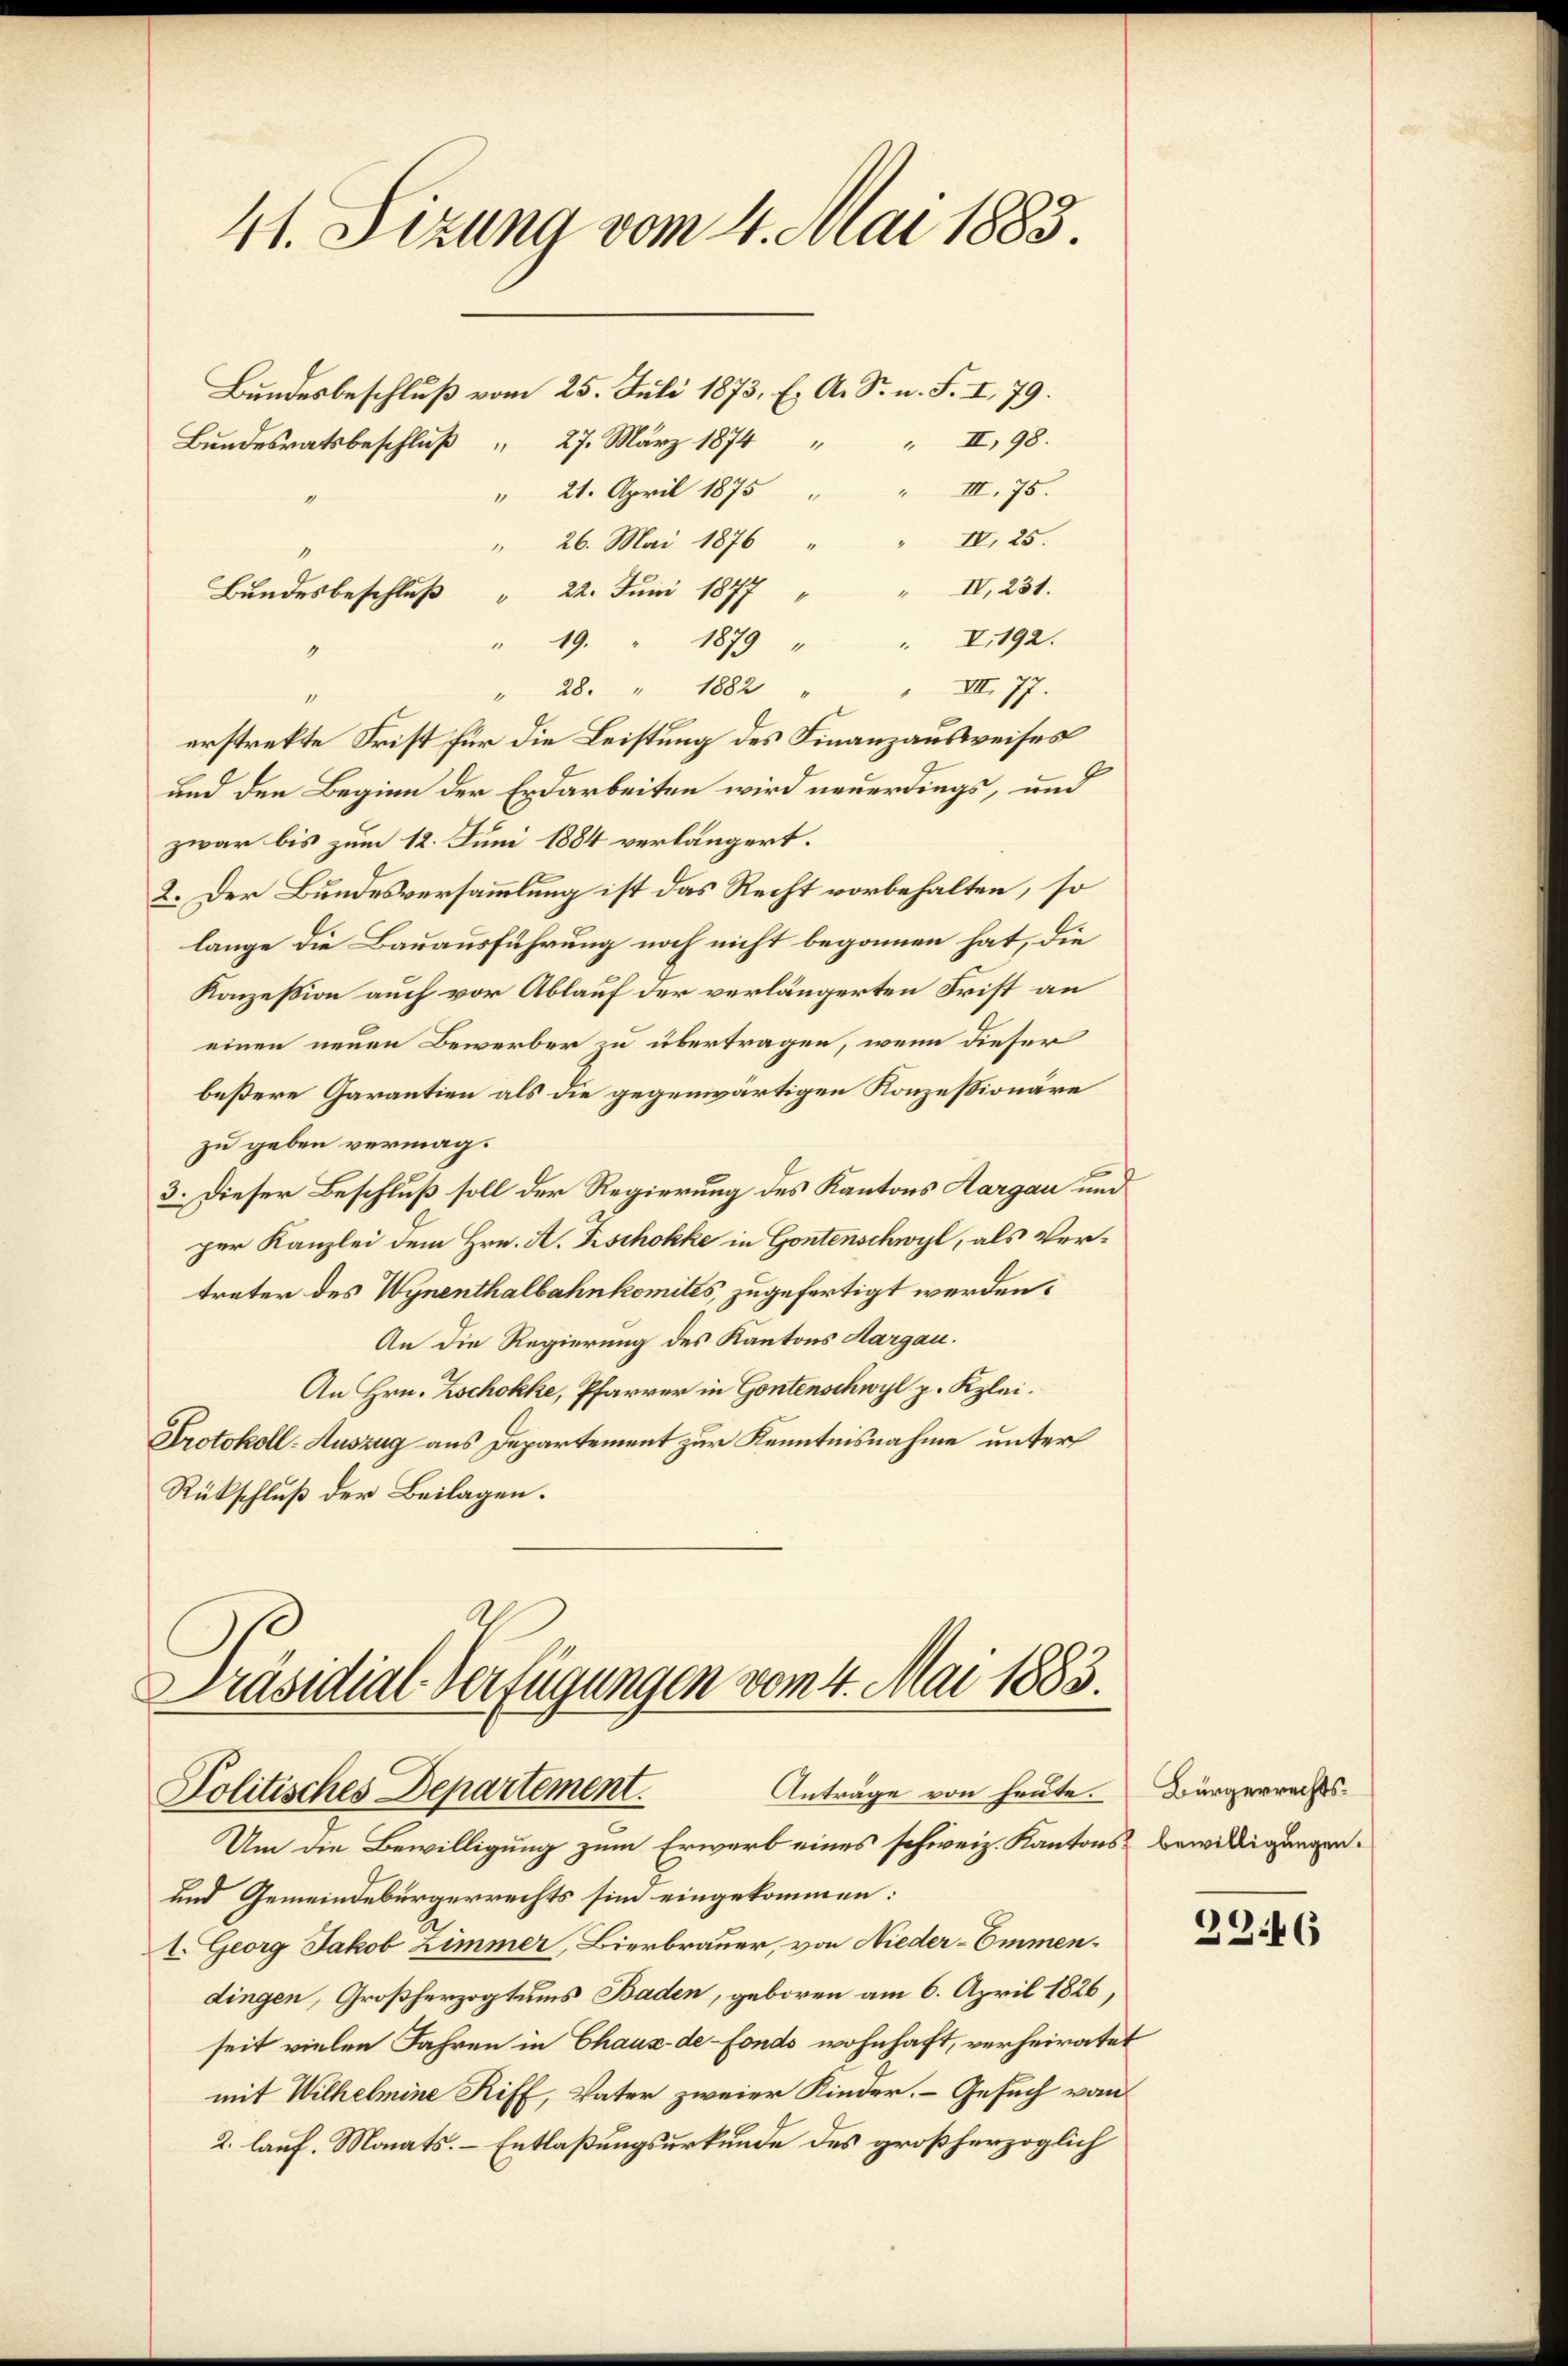
41. Sizung vom 4. Mai 1883.

Bundesbeschluß vom 25. Juli 1873, E. A. S. n. F. I, 79.
27. März 1874 " " II, 98.
" 21. April 1875 " " III. 75.
II. 25.
" 26. Mai 1876
" IV, 231.
" 22. Juni 1877
1879 " " I.192.
" 49.
VII. 77.
" 28. " 1882
erstrekte Frist für die Leistung des Finanzausweises
und den Beginn der Erdarbeiten wird neuerdings, und
zwar bis zum 12. Juni 1884 verlängert.
2. Der Bundesversammlung ist das Recht vorbehalten, so
lange die Bauausführung noch nicht begonnen hat, die
Konzession auch vor Ablauf der verlängerten Frist an
einen neuen Bewerber zu übertragen, wenn dieser
beßere Garantien als die gegenwärtigen Konzessionäre
zu geben vermag.
3. Dieser Beschluß soll der Regierung des Kantons Aargau und
per Kanzlei dem Hrn. A. Kischokke in Gontenschwyl, als Vertreter des Wynenthalbahnkomités, zugefertigt werden.
An die Regierung des Kantons Aargau.
An Hrn. Zschokke, Pfarrer in Gontenschwyl p. Kzlei.
Protokoll-Auszug aus Departement zur Kenntnisnahme unter
Rückschluß der Beilagen.

Bundesratsbeschluß

Bundesbeschluß

Präsidial-Verfügungen vom 4. Mai 1883.
Anträge von heute. Bürgerrechts-
Politisches Departement.

Um die Bewilligung zum Erwarb eines schweiz. Kantons bewilligungen.
und Gemeindebürgerrechts sie eingekommen:
1. Georg Jakob Zimmer, Bierbrauer, von Nieder-Emmendingen, Großherzogtums Baden, geboren am 6. April 1826,
seit vielen Jahren in Chaus de Fonds wohnhaft, verheiratet
mit Wilhelmine Riff, Vater zweier Kinder. - Gesuch vom
2. lauf. Monats. – Entlaßungsurkunde des großherzoglich

2346